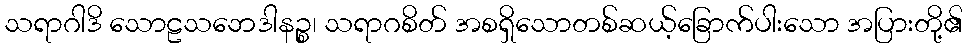
သရာဂါဒိ သောဠသဘေဒါနဉ္စ၊ သရာဂစိတ် အစရှိသောတစ်ဆယ့်ခြောက်ပါးသော အပြားတို့၏